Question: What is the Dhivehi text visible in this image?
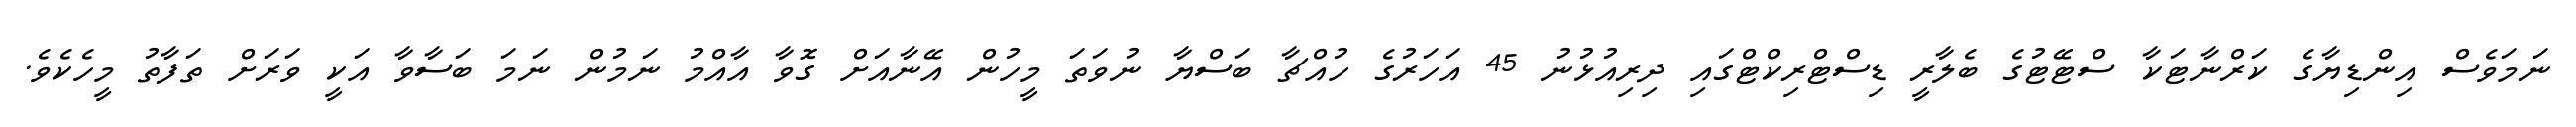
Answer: ނަމަވެސް އިންޑިޔާގެ ކަރްނާޓަކާ ސްޓޭޓުގެ ބެލާރީ ޑިސްޓްރިކްޓްގައި ދިރިއުޅުނު 45 އަހަރުގެ ހުއްޗާ ބަސްޔާ ނުވަތަ މީހުން އޭނާއަށް ގޮވާ އާއްމު ނަމުން ނަމަ ބަސާވާ އަކީ ވަރަށް ތަފާތު މީހެކެވެ.